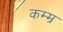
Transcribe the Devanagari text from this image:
कम्म्र